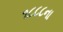
૧૮૮૮ના